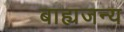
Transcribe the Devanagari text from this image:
बाह्यजन्य